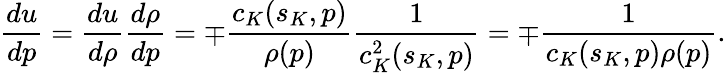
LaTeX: \frac{du}{dp}=\frac{du}{d\rho}\frac{d\rho}{dp}=\mp\frac{c_{K}(s_{K},p)}{\rho(p)}\frac{1}{c_{K}^{2}(s_{K},p)}=\mp\frac{1}{c_{K}(s_{K},p)\rho(p)}.